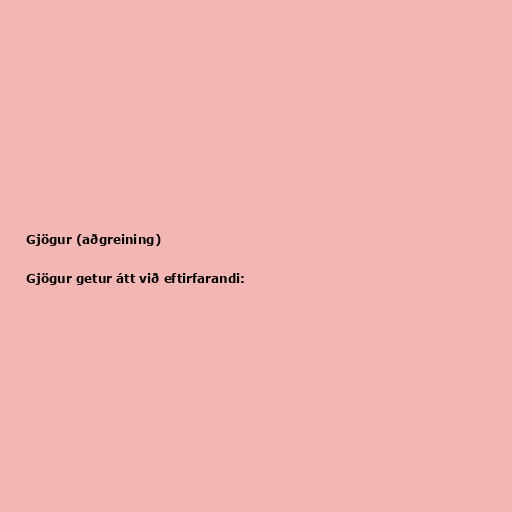
Gjögur (aðgreining)

Gjögur getur átt við eftirfarandi: